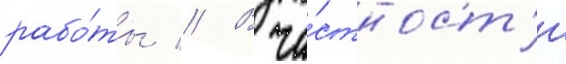
рабо́ты // В ча́стност'и